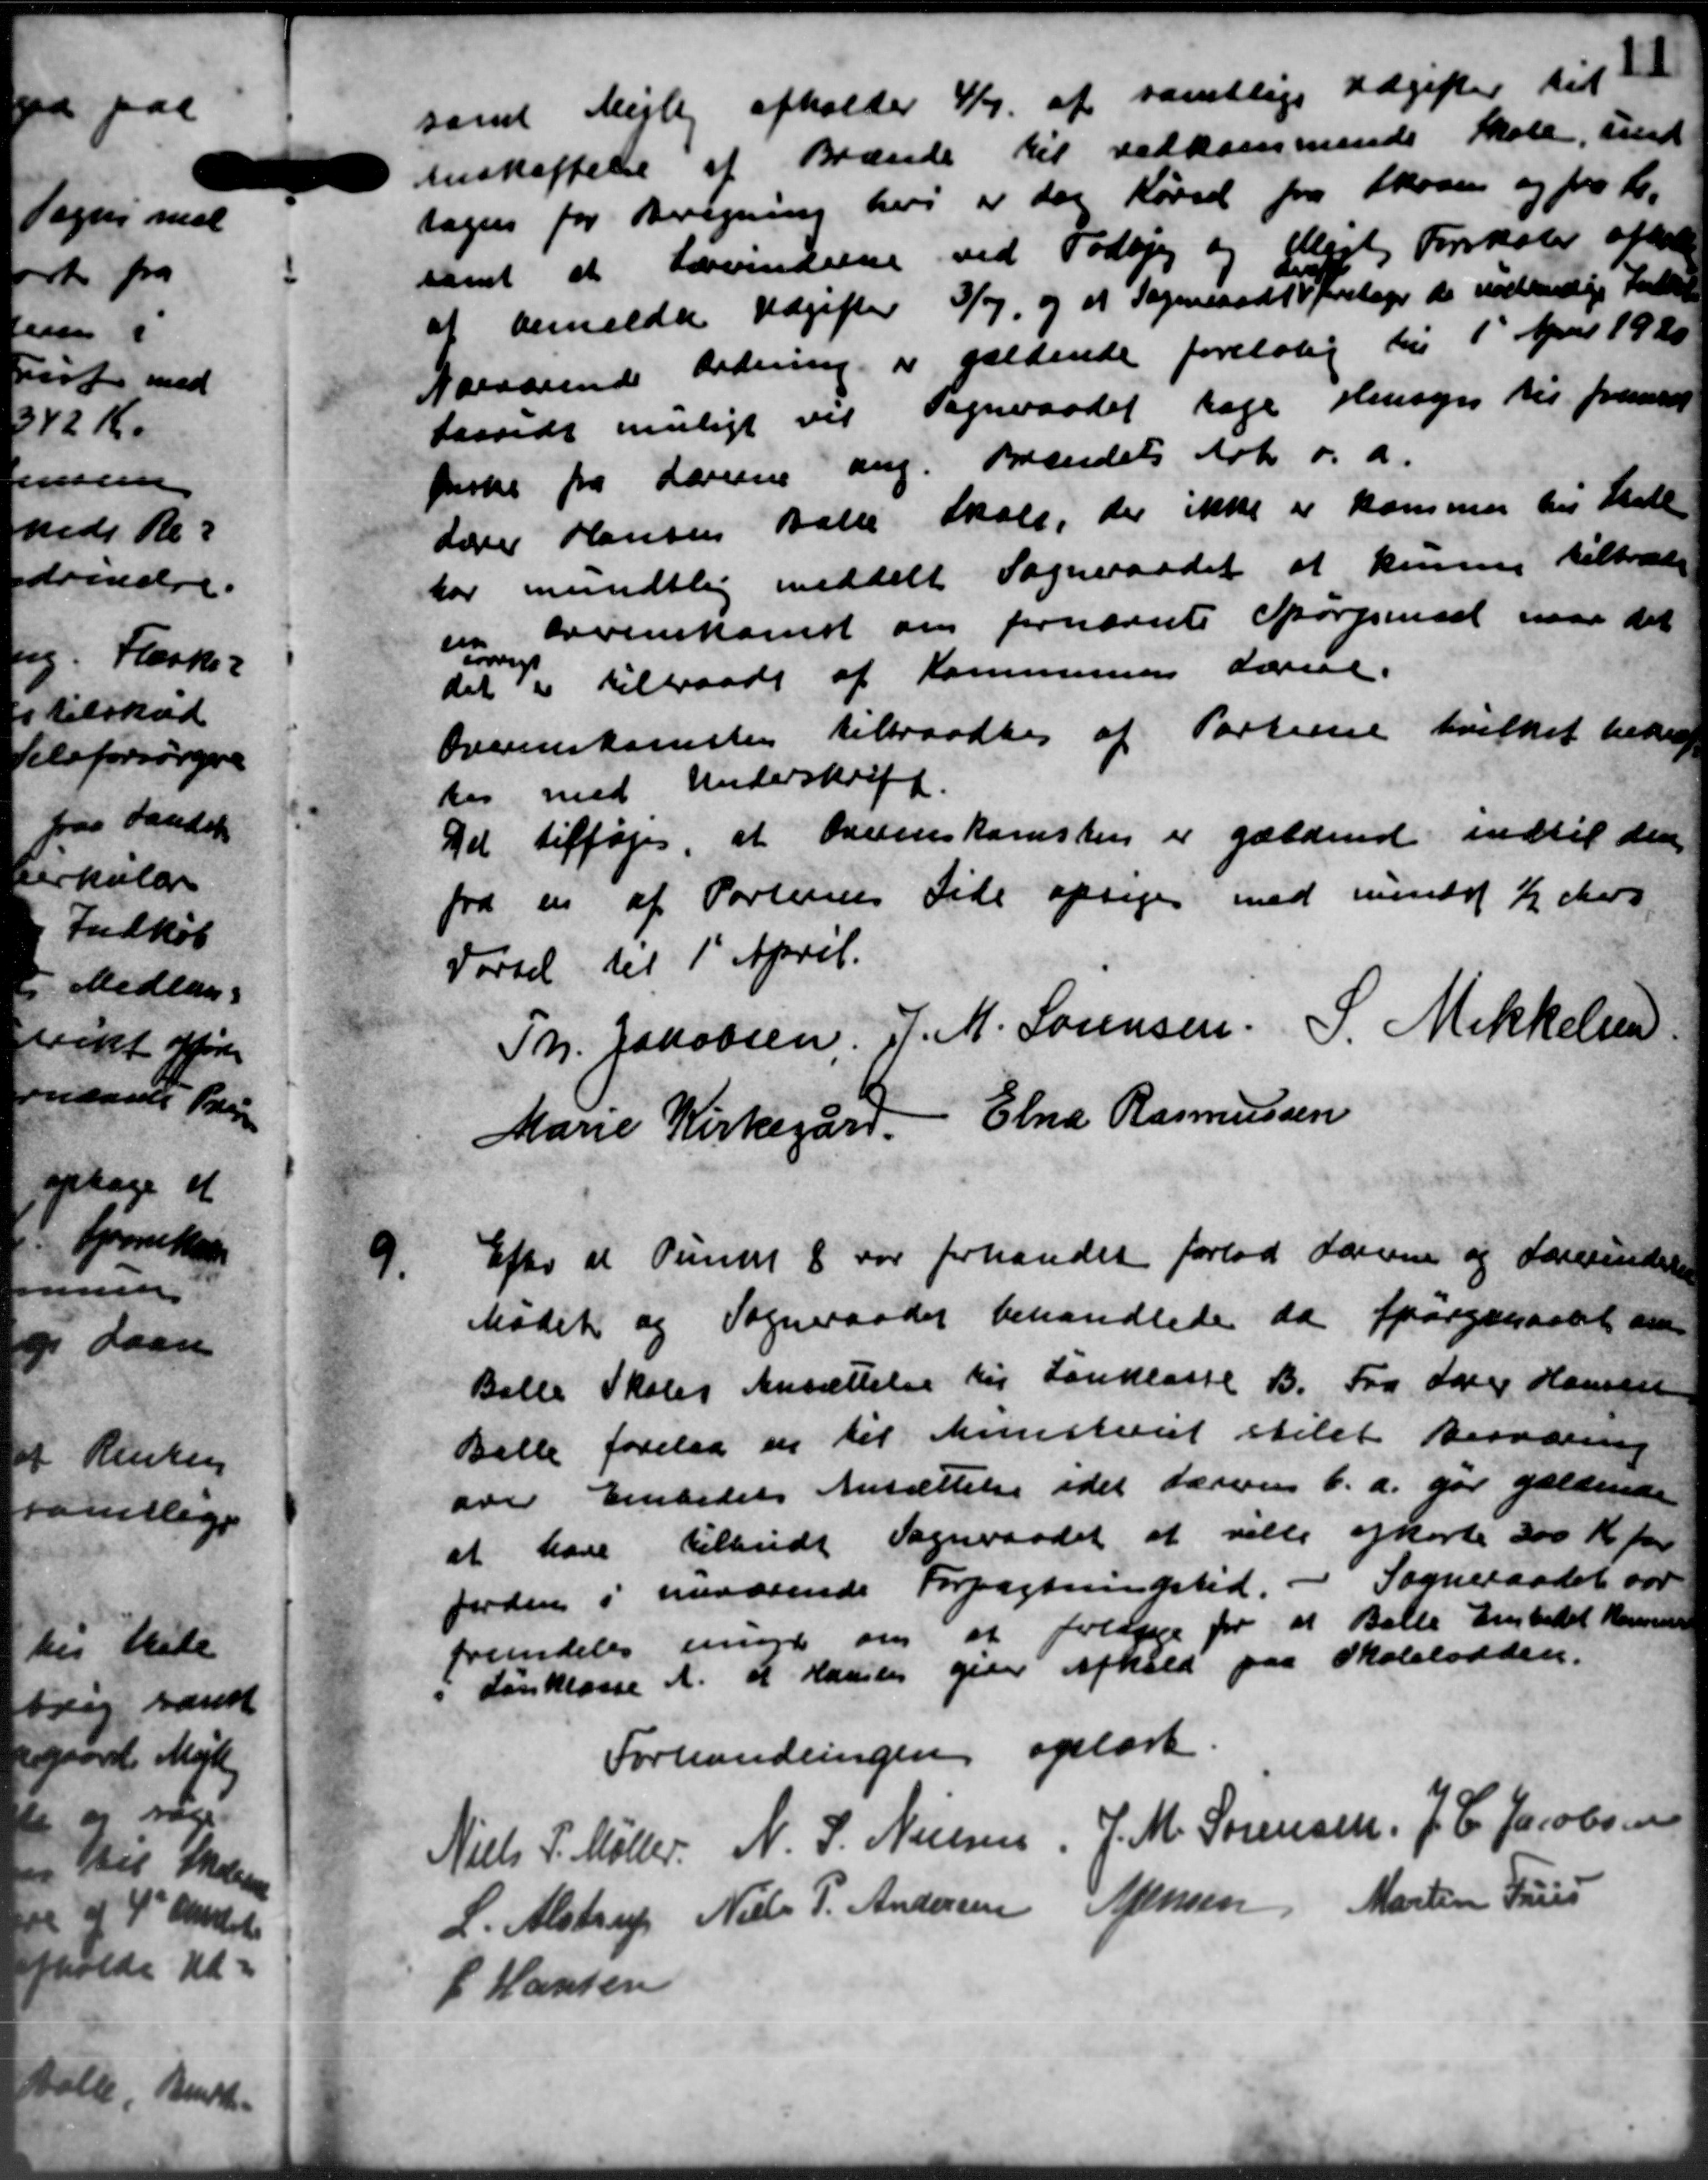
Transskription:
samt Mejlby afholder 4/7 af samtlige Udgifter til
Anskaffelse af Brænde til vedkommende Skole, und
sagen for Beregning heri er der Kørsel fra Skoven og fra K.
samt at Lærerinderne ved Todbjerg og Pligt Forskoler afhol
at bemeldte Udgifter 3/7 og at Sogneraadet foretager de nødvendige Fat
Nærværende Ordning er gældende foreløbig til 1' April 1920
taavidt muligt vil Sogneraadet tage Hensyn til fremsat
fiske fra Lærerne ang. Brændets Ark o.a.
Lærer Hansen Balle Skole, der ikke er kommer til Skatte
har mundtlig meddelt Sogneraadet at kunne tiltræde
Lønning bevenskomst om fornævnte Spørgensel naar det
det er tiltraade af Kommunens Lærere.

Overenskomsten tiltraadtes af Parterne hvilket bedrag
kes med Underskrift.
Det tilføjes at Overenskomsten er gældende indtil den
fra en af Portunes Side opsiges med mindet ½ Aars
Førsel til 1' April.
Tr. Jacobsen. J. M. Sørensen. S. Mikkelsen
Marie Kirkegård, Elna Rasmussen
9.
Efter at Punkt 8 var forhandlet forlod denne og Lærerinder
Mødet og Sogneraadet behandledes da Spørgsmaalet om-
Balle Skoles Ansættelse til Lanklasse B. Fra Lærer Hansen
Bille forelaa en til Ministeriet stilet Besværing
over Embedets Ansættelse idet Lærere b.a. gør gældende
at have tilbudt Sogneraadet at ville opkorte 300 Kr pr
Jorden i nuværende Forpagtningstid. - Sogneraadet var
fremdeles ininger om at foldige for at Balle Embedet kommune
i Lønklasse A. at Hamslev giver Afhold paa Skolelodden.
Forhandlingen oplæst
Niels P. Møller
N. J. Nielsen,
J. M. Sørensen.
J. C. Jacobsen
L. Alstrup
Niels P. Andersen
Aftensen
Martin Tries
C Hansen